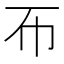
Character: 𢁓